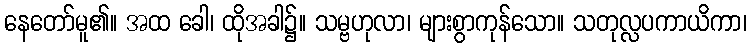
နေတော်မူ၏။ အထ ခေါ၊ ထိုအခါ၌။ သမ္ဗဟုလာ၊ များစွာကုန်သော။ သတုလ္လပကာယိကာ၊